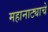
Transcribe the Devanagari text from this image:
महानाट्याचे